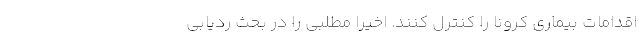
اقدامات بیماری کرونا را کنترل کنند. اخیراً مطلبی را در بحث ردیابی